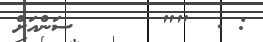
: .  ""      ސަންއަށް